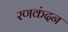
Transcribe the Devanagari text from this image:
रणकंदन